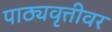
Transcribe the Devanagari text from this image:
पाठ्यवृत्तीवर